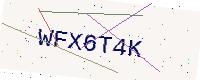
Text: WFX6T4K